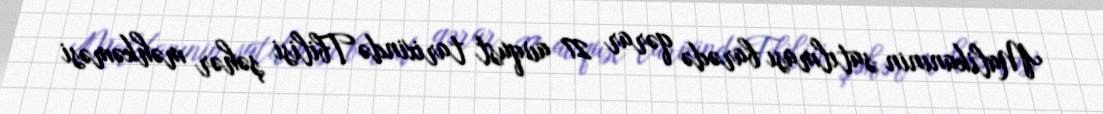
Malikanınin satılması barədə qərar 27 avqust tarixində Tbilisi şəhər məhkəməsi